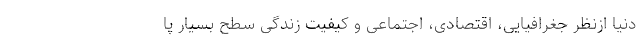
دنیا ازنظر جغرافیایی، اقتصادی، اجتماعی و کیفیت زندگی سطح بسیار پا